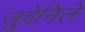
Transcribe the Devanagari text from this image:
जुवेनिले